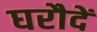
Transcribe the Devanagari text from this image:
घरौदें